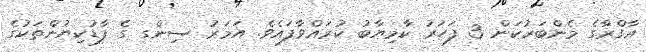
އާގްރާގެ މެންބަރުކަން 3 ފަހަރު ކާމިޔާބު ކުރައްވާފައެވެ. އަމަރު ސިންގ ގެ ފާޑުކިޔުންތަކުގެ